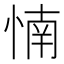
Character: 𰑳